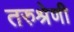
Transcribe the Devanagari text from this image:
तरुश्रेणी